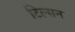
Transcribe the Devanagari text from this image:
टिल्सन